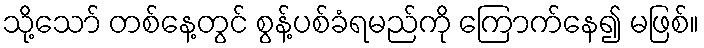
သို့သော် တစ်နေ့တွင် စွန့်ပစ်ခံရမည်ကို ကြောက်နေ၍ မဖြစ်။